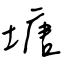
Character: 塘